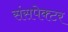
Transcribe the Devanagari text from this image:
संसपेक्टर